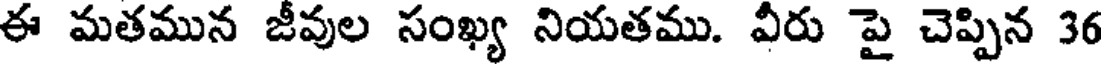
ఈ మతమున జీవుల సంఖ్య నియతము. వీరు పై చెప్పిన 36